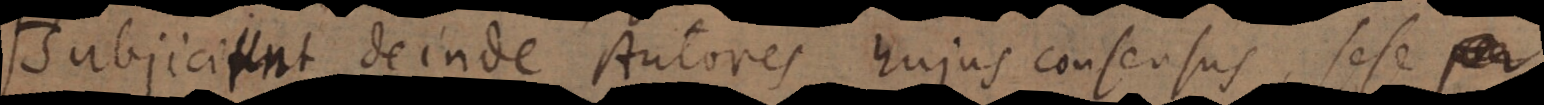
Subjiciunt deinde Autores hujus consensus, sese per